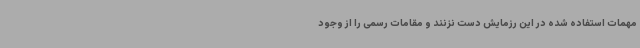
مهمات استفاده شده در این رزمایش دست نزنند و مقامات رسمی را از وجود